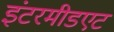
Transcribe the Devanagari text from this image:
इंटरमीडएट